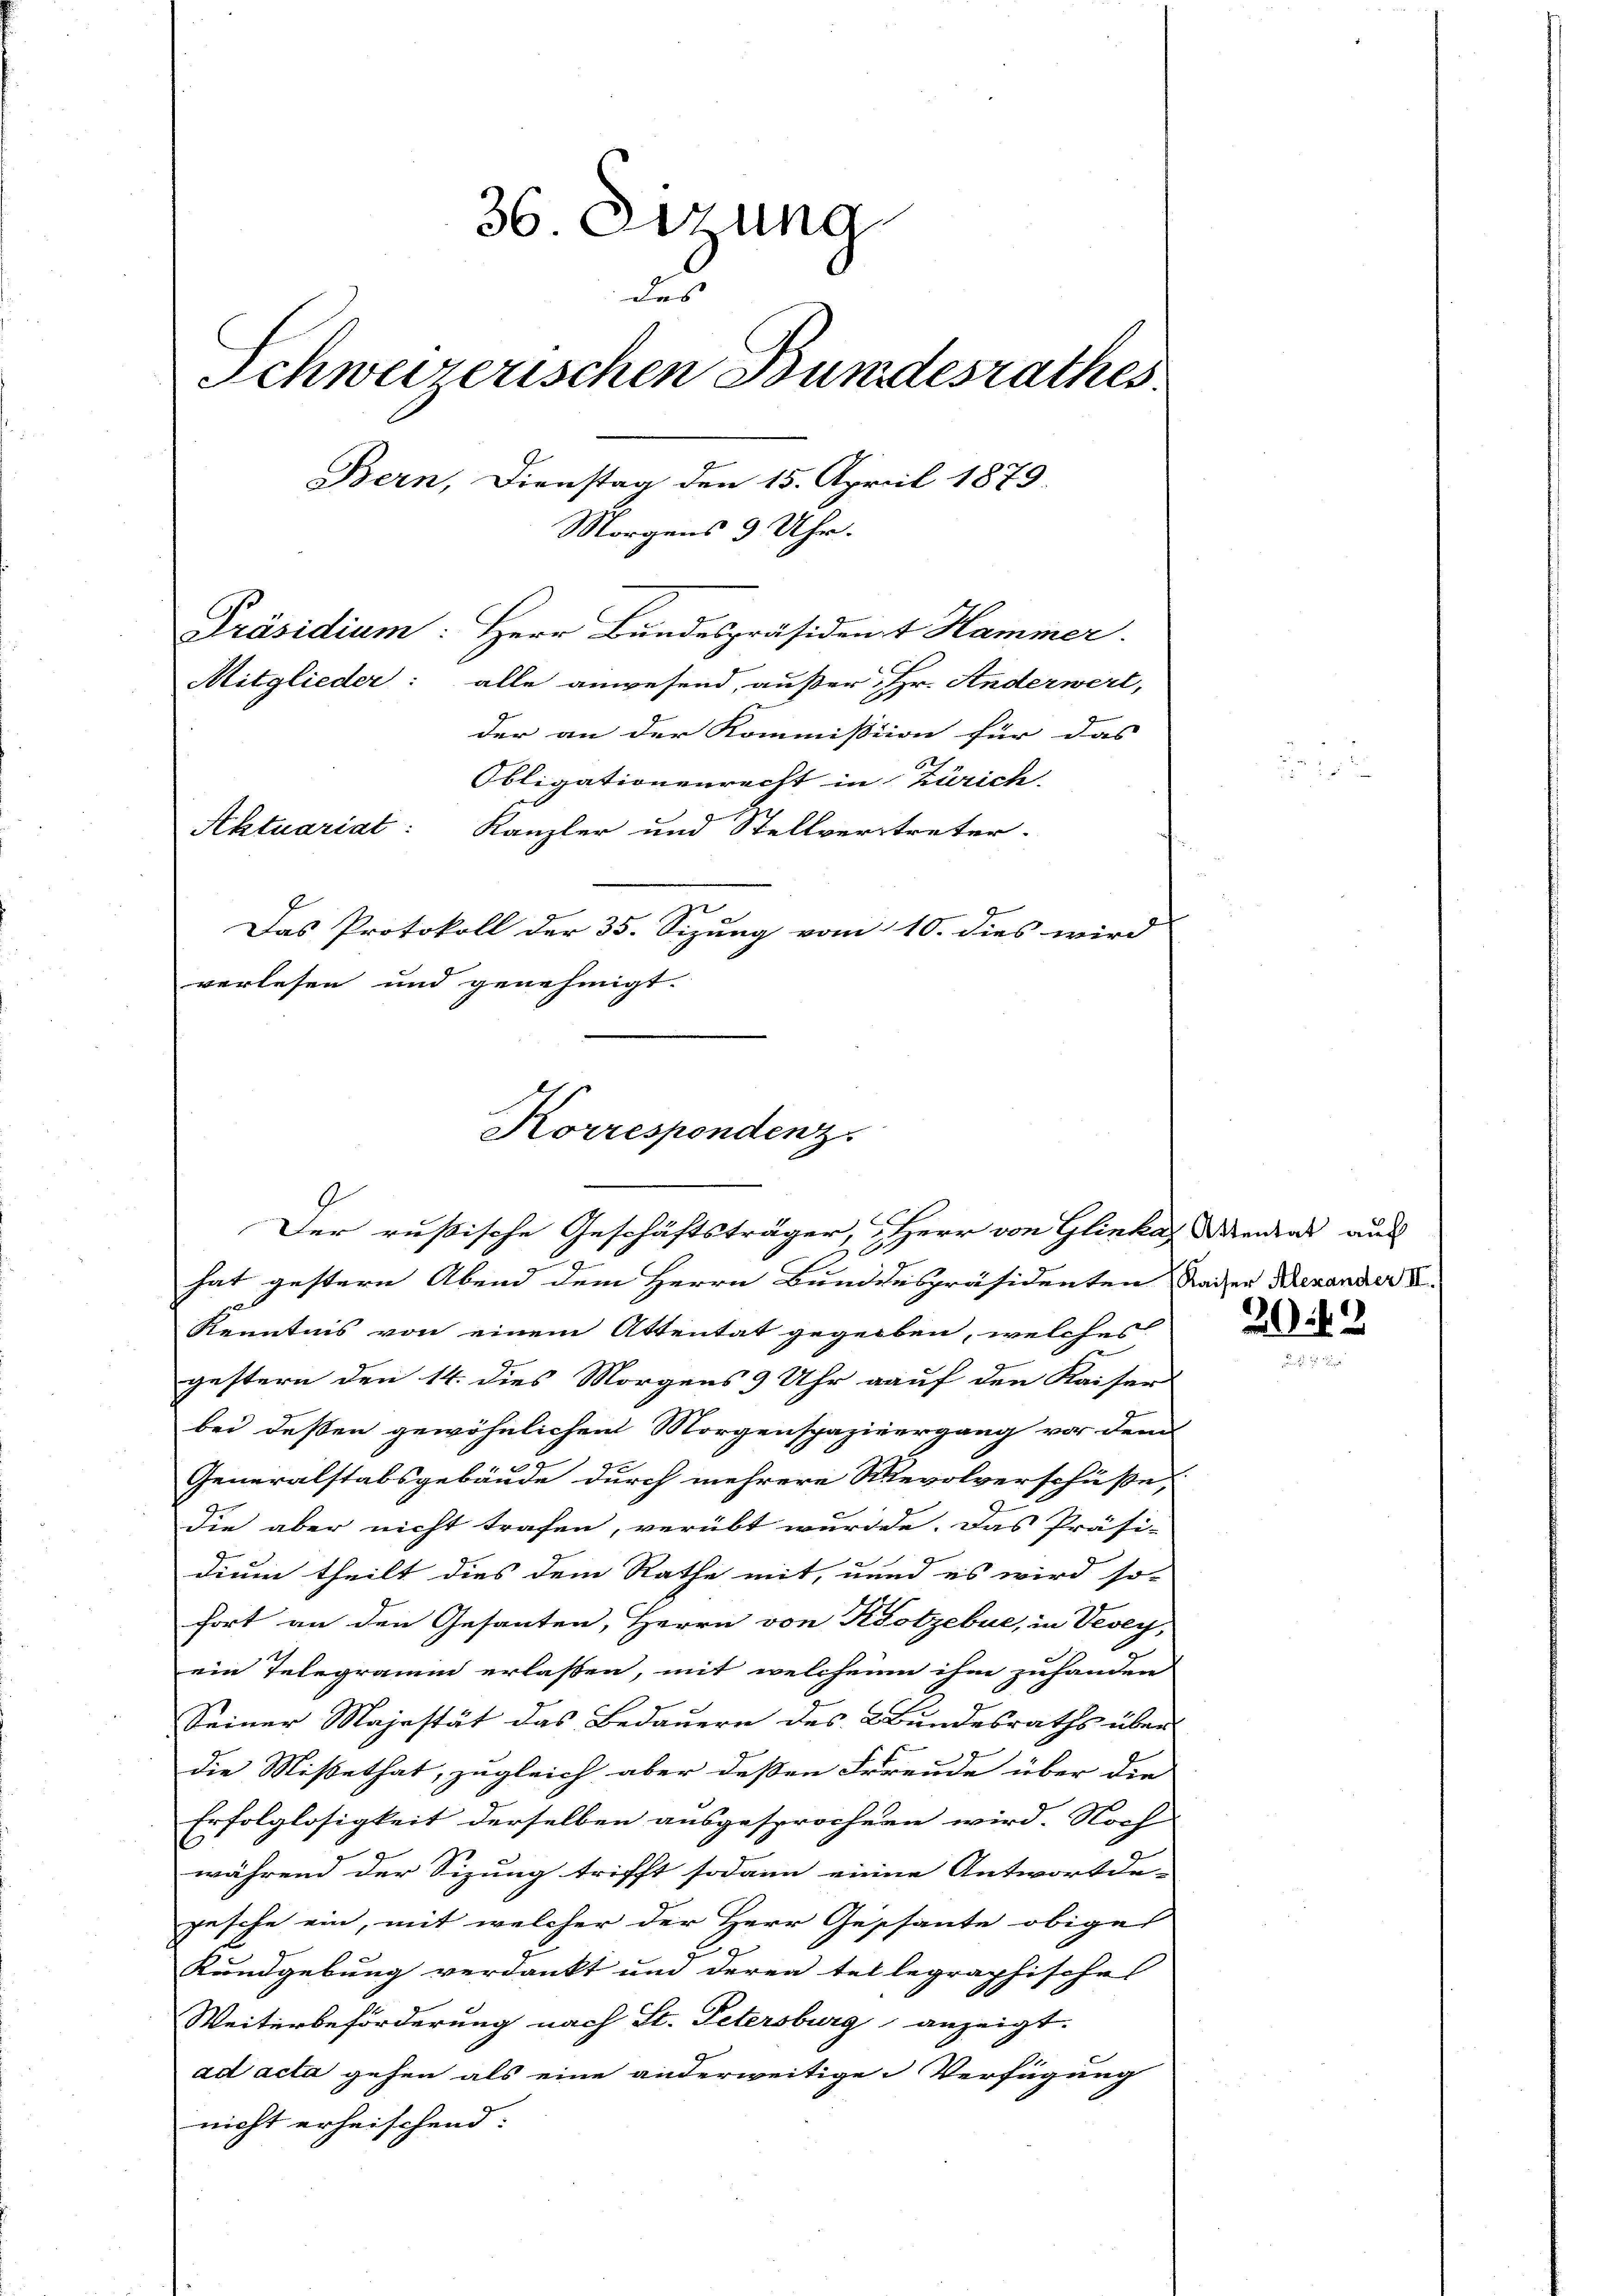
36. Sizung
des
Schweizerischen Bundesrathes
Bern, Dienstag den 15. April 1879.
Morgens 3 Uhr.
Präsidium: Herr Bundespräsident Hammer.
Mitglieder: alle anwesend, außer, Hr. Anderwert,
der an der Kommission für das |
Obligationenrecht in Zürich
Aktuariat: Kanzler und Stellvertreter.
Das Protokoll der 35. Sizung vom 10. dies wird
verlesen und genehmigt.

Korrespondenz.
Der rußische Geschäftsträger, Herr von Glinka Weideal aus

E
hat gestern Abend dem Herrn Bunddespräsidenten Kaiser Menander II.
Kenntnis von einem Attentat gegeben, welches
gestern den 14. dies Morgens 9 Uhr auf den Kaiser
bei deßen gewöhnlichen Morgenspaziergang vor den
Generalstabsgebäude durch mehrere Revolverschüße,
J.
die aber nicht trafen, verübt würde. Das Präsi-
dium theilt dies dem Rathe mit, unnd es wird so-
fort an den Gesanten, Herrn von Kotzebue, in Vevey,
ein Telegramm erlassen, mit welchenen ihm zuhanden
Seiner Majestät das Bedauern des Bundesraths über
die Missethat, zugleich aber dessen Freude über die
Erfolglosigkeit derselben ausgesprochen wird. Noch
während der Sizung trifft sodann einen Antwort da- |
pesche ein, mit welcher der Herr Gessante obiges
Rundgebung verdankt und deren tellegraphische
Weiterbeförderung nach St. Petersburg anzeigt.
ad acta gehen als eine anderweitige Verfügung
nicht erheischend:

202